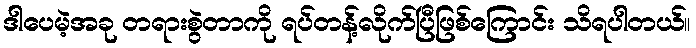
ဒါပေမဲ့အခု တရားစွဲတာကို ရပ်တန့်လိုက်ပြီဖြစ်ကြောင်း သိရပါတယ်။